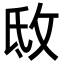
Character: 𢼕